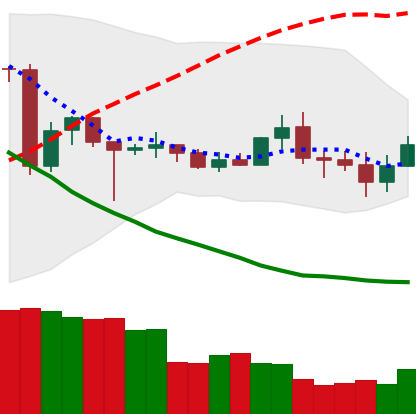
Ticker: TRX-USD
Chart end date: 2020-06-29
Forward return: 3.709%
Label: up_3_5